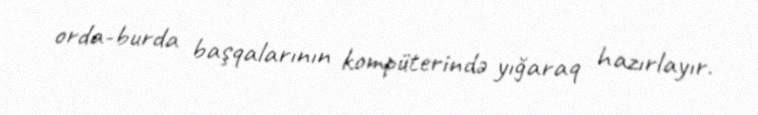
orda-burda başqalarının kompüterində yığaraq hazırlayır.